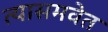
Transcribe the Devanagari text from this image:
त्यासमवेत